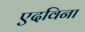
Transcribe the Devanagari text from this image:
एदविना